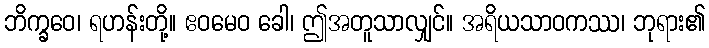
ဘိက္ခဝေ၊ ရဟန်းတို့။ ဧဝမေဝ ခေါ၊ ဤအတူသာလျှင်။ အရိယသာဝကဿ၊ ဘုရား၏